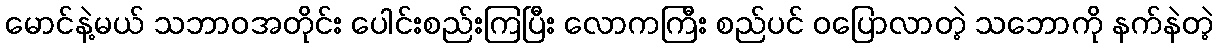
မောင်နဲ့မယ် သဘာဝအတိုင်း ပေါင်းစည်းကြပြီး လောကကြီး စည်ပင် ဝပြောလာတဲ့ သဘောကို နက်နဲတဲ့